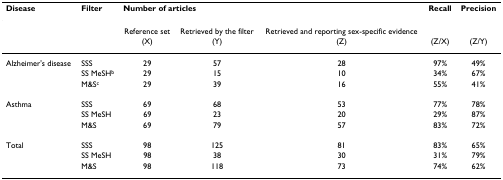
<table><thead><tr><td><b>Disease</b></td><td><b>Filter</b></td><td colspan="3"><b>Number of articles</b></td><td><b>Recall</b></td><td><b>Precision</b></td></tr></thead><tbody><tr><td>[EMPTY_CELL]</td><td>[EMPTY_CELL]</td><td>Reference set</td><td>Retrieved by the filter</td><td>Retrieved and reporting sex-specific evidence</td><td>[EMPTY_CELL]</td><td>[EMPTY_CELL]</td></tr><tr><td>[EMPTY_CELL]</td><td>[EMPTY_CELL]</td><td>(X)</td><td>(Y)</td><td>(Z)</td><td>(Z/X)</td><td>(Z/Y)</td></tr><tr><td>Alzheimer's disease</td><td>SSS</td><td>29</td><td>57</td><td>28</td><td>97%</td><td>49%</td></tr><tr><td>[EMPTY_CELL]</td><td>SS MeSH<sup>b</sup></td><td>29</td><td>15</td><td>10</td><td>34%</td><td>67%</td></tr><tr><td>[EMPTY_CELL]</td><td>M&amp;S<sup>c</sup></td><td>29</td><td>39</td><td>16</td><td>55%</td><td>41%</td></tr><tr><td>Asthma</td><td>SSS</td><td>69</td><td>68</td><td>53</td><td>77%</td><td>78%</td></tr><tr><td>[EMPTY_CELL]</td><td>SS MeSH</td><td>69</td><td>23</td><td>20</td><td>29%</td><td>87%</td></tr><tr><td>[EMPTY_CELL]</td><td>M&amp;S</td><td>69</td><td>79</td><td>57</td><td>83%</td><td>72%</td></tr><tr><td>Total</td><td>SSS</td><td>98</td><td>125</td><td>81</td><td>83%</td><td>65%</td></tr><tr><td>[EMPTY_CELL]</td><td>SS MeSH</td><td>98</td><td>38</td><td>30</td><td>31%</td><td>79%</td></tr><tr><td>[EMPTY_CELL]</td><td>M&amp;S</td><td>98</td><td>118</td><td>73</td><td>74%</td><td>62%</td></tr></tbody></table>